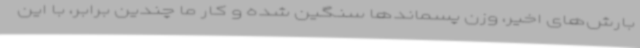
بارش‌های اخیر، وزن پسماندها سنگین شده و کار ما چندین برابر، با این